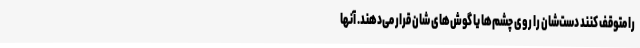
را متوقف کنند دست‌شان را روی چشم‌ها یا گوش‌های شان قرار می‌دهند. آنها